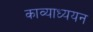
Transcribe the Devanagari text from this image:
काव्याध्ययन